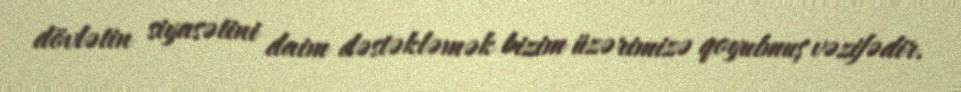
dövlətin siyasətini daim dəstəkləmək bizim üzərimizə qoyulmuş vəzifədir.